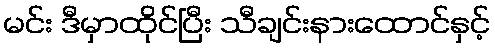
မင်း ဒီမှာထိုင်ပြီး သီချင်းနားထောင်နှင့်